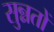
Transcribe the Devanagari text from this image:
सुन्नतों